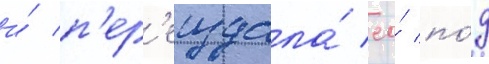
и́ п'ер'еиздала́ ео́ по́д